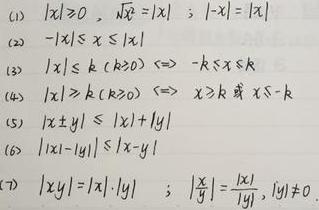
(1) $|x|\geqslant 0$, $\sqrt{x^{2}} = |x|$; $-|x| = |x|$
(2) $-|x|\leqslant x\leqslant|x|$
(3) $|x|\leqslant k(k\geqslant0)\Leftrightarrow -k\leqslant x\leqslant k$
(4) $|x|\geqslant k(k\geqslant0)\Leftrightarrow x\geqslant k$ 或 $x\leqslant -k$
(5) $|x\pm y|\leqslant|x| + |y|$
(6) $||x| - |y||\leqslant|x - y|$
(7) $|xy| = |x|\cdot|y|$; $\left|\frac{x}{y}\right|=\frac{|x|}{|y|},(y\neq0)$